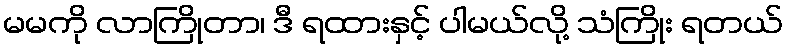
မမကို လာကြိုတာ၊ ဒီ ရထားနှင့် ပါမယ်လို့ သံကြိုး ရတယ်